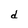
Character: d